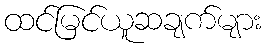
ထင်မြင်ယူဆချက်များ